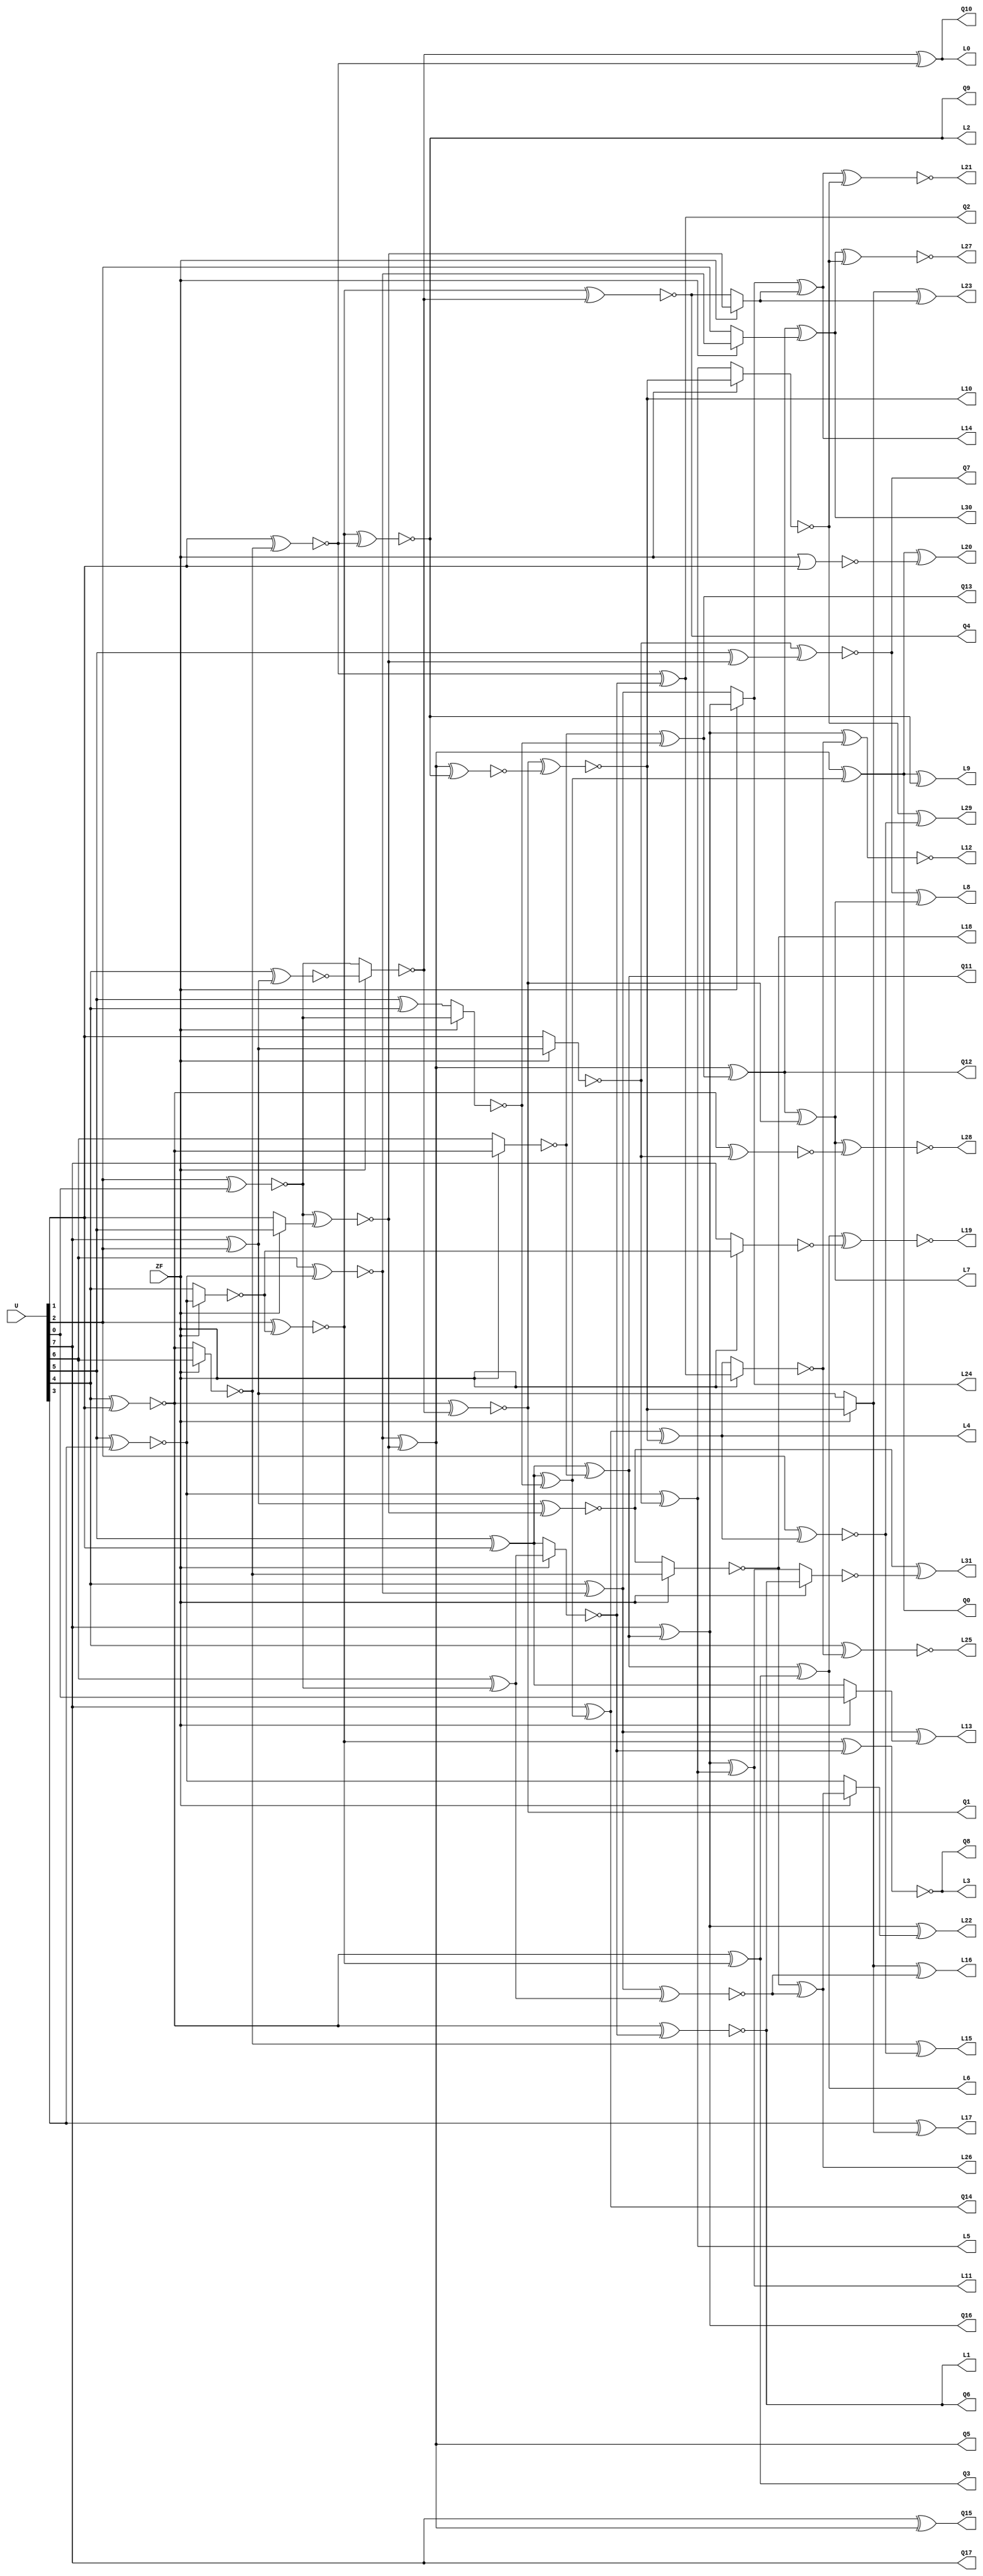
/////////////////////////////////////////////////////////////////////////////////
//
// Original Author: Alexander Maximov and Patrik Ekdahl
// Adapted by:
// 
// Module Name: ctop
// Project Name: aes_sboxes
// Description: Top layer.
//              Adapted from Alexander Maximov and Patrik Ekdahl's 
//              "New Circuit Minimization Techniques 
//               for Smaller and Faster AES SBoxes"
// 
// Dependencies: None.
//
// Additional Comments: None.
// 
//////////////////////////////////////////////////////////////////////////////////

module ctop (
        input   wire    [7:0]   U,
        input   wire            ZF,
        output  wire            Q0, Q1, Q2, Q3, Q4, Q5, Q6, Q7, Q8, Q9,
        output  wire            Q10, Q11, Q12, Q13, Q14, Q15, Q16, Q17,
        output  wire            L0, L1, L2, L3, L4, L5, L6, L7, L8, L9,
        output  wire            L10, L11, L12, L13, L14, L15, L16, L17,
        output  wire            L18, L19, L20, L21, L22, L23, L24, L25,
        output  wire            L26, L27, L28, L29, L30, L31
    );

    //----------------------------------------------------------------
    // Wires/Regs
    //----------------------------------------------------------------
    wire A0, A1, A2, A3, A4, A5, A6, A7, A8, A9;
    wire A10, A11, A12, A13, A14, A15, A16, A17, A18, A19;
    wire A20, A21, A22, A23, A24, A25, A26, A27, A28, A29;
    wire A30, A31, A32, A33, A34, A35, A36, A37;
    wire K0, K1, K2, K3, K4, K5, K6, K7, K8, K9;
    wire K10, K11, K12, K13, K14, K15, K16, K17, K18, K19;
    wire K20, K21, K22, K23, K24, K25, K26, K27, K28, K29;
    wire K30, K31;
    
    //----------------------------------------------------------------
    // Continous assignments
    //---------------------------------------------------------------- 
    assign A0  = ~(U[5] ^ U[3]); // XNOR
    assign A1  = ~(U[6] ^ A0); // XNOR
    assign A2  = ~(U[2] ^ U[0]); // XNOR
    assign A3  = U[7] ^ U[2];    // XOR
    assign A4  = ~(U[4] ^ U[1]); // XNOR
    assign A5  = U[5] ^ U[1];    // XOR
    assign A6  = ~(ZF ? A4 : U[6]); // NMUX
    assign Q11 = A5 ^ A6;    // XOR
    assign Q16 = U[7] ^ Q11;   // XOR
    assign A7  = U[4] ^ A1;    // XOR
    assign L24 = ZF ? Q16 : A7; // MUX
    assign A8  = ~(ZF ? A3 : U[1]); // NMUX
    assign L5  = A0 ^ A8; // XOR
    assign L11 = Q16 ^ L5; // XOR
    assign A9  = ZF ? U[5] : U[1]; // MUX
    assign A10 = ~(A2 ^ A9); // XNOR
    assign Q5  = A1 ^ A10; // XOR
    assign Q15 = U[7] ^ Q5; // XOR
    assign A11 = U[5] ^ U[4]; // XOR
    assign A12 = ~(ZF ? A2 : A11); // NMUX
    assign Q13 = A6 ^ A12; // XOR
    assign Q12 = Q5 ^ Q13; // XOR
    assign A13 = A5 ^ A12; // XOR
    assign Q0  = Q5 ^ A13; // XOR
    assign Q14 = U[7] ^ A13; // XOR
    assign A14 = ~(U[4] ^ A3); // XNOR
    assign A15 = ~(ZF ? A0 : U[4]); // NMUX
    assign A16 = ~(U[2] ^ A15); // XNOR
    assign Q3  = A4 ^ A16; // XOR
    assign L6  = Q11 ^ Q3; // XOR
    assign A17 = U[5] ^ A10; // XOR
    assign Q7  = ~(A8 ^ A17); // XNOR
    assign A18 = ~(ZF ? A14 : A2); // NMUX
    assign Q1  = ~(A4 ^ A18); // XNOR
    assign Q4  = ~(A16 ^ A18); // XNOR
    assign L7  = Q12 ^ Q1; // XOR
    assign L8  = Q7 ^ L7; // XOR
    assign A19 = ~(ZF ? U[6] : A4); // NMUX
    assign A20 = ~(U[1] ^ A19); // XNOR
    assign Q9  = ~(A16 ^ A20); // XNOR
    assign Q10 = A18 ^ A20; // XOR
    assign L9  = Q0 ^ Q9; // XOR
    assign A21 = U[6] ^ A2; // XOR
    assign A22 = ~(ZF ? A21 : A5); // NMUX
    assign Q2  = A20 ^ A22; // XOR
    assign Q6  = ~(A4 ^ A22); // XNOR
    assign Q8  = ~(A16 ^ A22); // XNOR
    assign A23 = ~(Q5 ^ Q9); // XNOR
    assign L10 = ~(Q1 ^ A23); // XNOR
    assign L4  = Q14 ^ L10; // XOR
    assign A24 = ~(ZF ? Q2 : L4); // NMUX
    assign L12 = ~(Q16 ^ A24); // XNOR
    assign L25 = ~(U[4] ^ A24); // XNOR
    assign A25 = ZF ? L10 : A3; // MUX
    assign L17 = U[3] ^ A25; // XOR
    assign A26 = ZF ? A10 : Q4; // MUX
    assign L14 = L24 ^ A26; // XOR
    assign L23 = A25 ^ A26; // XOR
    assign A27 = ZF ? A1 : U[2]; // MUX
    assign L30 = Q12 ^ A27; // XOR
    assign A28 = ~(ZF ? L10 : L5); // NMUX
    assign L21 = ~(L14 ^ A28); // XNOR
    assign L27 = ~(L30 ^ A28); // XNOR
    assign A29 = ~(U[2] ^ L4); // XNOR
    assign L29 = A28 ^ A29; // XOR
    assign L15 = A19 ^ A29; // XOR
    assign A30 = ~(A3 ^ A10); // XNOR
    assign L18 = ~(ZF ? A19 : A30); // NMUX
    assign A31 = ~(A7 ^ A21); // XNOR
    assign L16 = A25 ^ A31; // XOR
    assign L26 = L18 ^ A31; // XOR
    assign A32 = ZF ? U[0] : A5; // MUX
    assign L13 = A7 ^ A32; // XOR
    assign A33 = ~(ZF ? A15 : U[7]); // NMUX
    assign L19 = ~(L6 ^ A33); // XNOR
    assign A34 = ~(ZF | U[1]); // NOR
    assign L20 = Q0 ^ A34; // XOR
    assign A35 = ~(A4 ^ A8); // XNOR
    assign L28 = ~(L7 ^ A35); // XNOR
    assign A36 = ~(ZF ? Q6 : L11); // NMUX
    assign L31 = A30 ^ A36; // XOR
    assign A37 = ZF ? L26 : A0; // MUX
    assign L22 = Q16 ^ A37; // XOR
    assign Q17 = U[7];
    assign L0 = Q10;
    assign L1 = Q6;
    assign L2 = Q9;
    assign L3 = Q8; 

endmodule // ctop